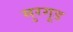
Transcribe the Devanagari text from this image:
मुरगूड